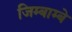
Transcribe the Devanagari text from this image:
जिम्बाम्बे